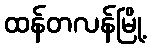
ထန်တလန်မြို့